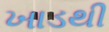
ખાડથી